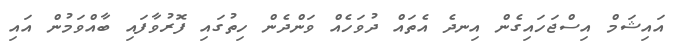
އައިޝަމް އިސްޖަހައިގެން އިނދެ އެތައް ދުވަހެއް ވަންދެން ހިތުގައި ފޮރުވާފައި ބާއްވަމުން އައި